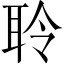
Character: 聆